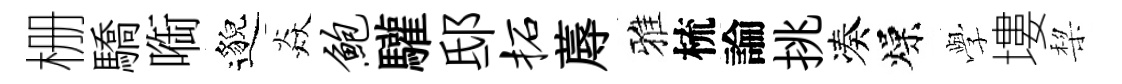
栅驕㗸邈焱鲍驩邸柘蓐雅梳論挑凑燥𫝯塿棃